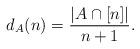
LaTeX: \begin{align*} d_A(n) = \frac{|A\cap[n]|}{n + 1}.\end{align*}